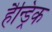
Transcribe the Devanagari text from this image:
हैन्ड्रिक